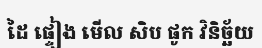
ដៃ ផ្ទៀង មើល សិប ផូក វិនិច្ឆ័យ